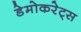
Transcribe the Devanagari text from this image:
डेमोकरेट्स